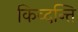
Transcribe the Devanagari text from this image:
किव्दन्ति